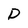
Character: D